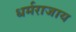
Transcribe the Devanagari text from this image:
धर्मराजाय